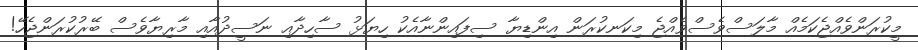
މީކުރަންވެއްޖެކަމެއް މާލަސްވެސްވެއްޖެ މިކަނކުރަން އިންޑިޔާ ސިފައިންނާއެކު ހިޔަޅު ސާހިދާއި ނަސީދުއާއި މާރިޔާވެސް ބޭރުކުރަންޖެހޭ!